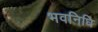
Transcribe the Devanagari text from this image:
भवनिधि